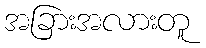
အခြားအလားတူ